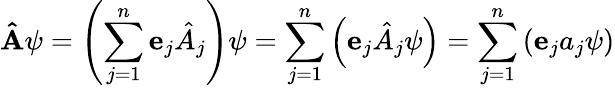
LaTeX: \mathbf{\hat{A}}\psi=\left(\sum_{j=1}^{n}\mathbf{e}_{j}{\hat{A}}_{j}\right)\psi=\sum_{j=1}^{n}\left(\mathbf{e}_{j}{\hat{A}}_{j}\psi\right)=\sum_{j=1}^{n}\left(\mathbf{e}_{j}a_{j}\psi\right)